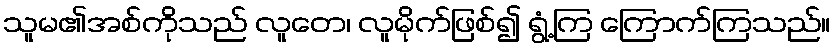
သူမ၏အစ်ကိုသည် လူတေ၊ လူမိုက်ဖြစ်၍ ရွံ့ကြ ကြောက်ကြသည်။